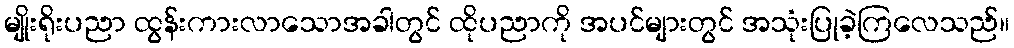
မျိုးရိုးပညာ ထွန်းကားလာသောအခါတွင် ထိုပညာကို အပင်များတွင် အသုံးပြုခဲ့ကြလေသည်။